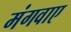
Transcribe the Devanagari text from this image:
मंगवाए